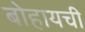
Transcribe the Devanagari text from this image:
बोहायची